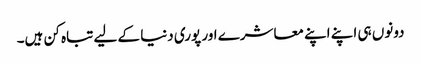
دونوں ہی اپنے اپنے معاشرے اور پوری دنیا کے لیے تباہ کن ہیں۔